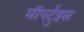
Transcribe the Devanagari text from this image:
मॉपर्टुइस